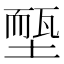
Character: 𡏵